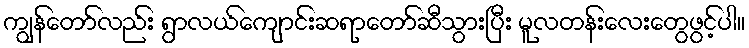
ကျွန်တော်လည်း ရွာလယ်ကျောင်းဆရာတော်ဆီသွားပြီး မူလတန်းလေးတွေဖွင့်ပါ။